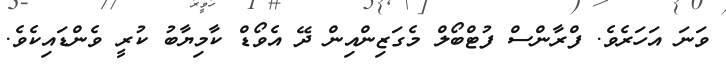
ވަނަ އަހަރެވެ. ފްރާންސް ފުޓްބޯލް މެގަޒިންއިން ދޭ އެވޯޑް ކާމިޔާބު ކުރީ ވެންޑައިކެވެ.